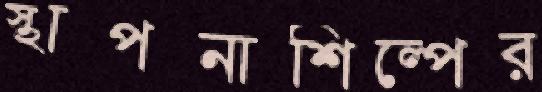
স্থাপনাশিল্পের